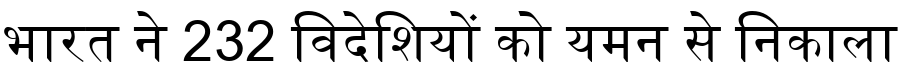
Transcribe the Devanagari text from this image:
भारत ने 232 विदेशियों को यमन से निकाला